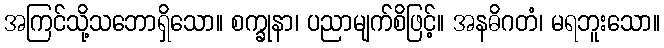
အကြင်သို့သဘောရှိသော။ စက္ခုနာ၊ ပညာမျက်စိဖြင့်။ အနဓိဂတံ၊ မရဘူးသော။